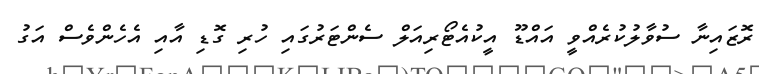
ރޮޒައިނާ ސުވާލުކުރެއްވީ އައްޑޫ އީކުއެޓޯރިއަލް ސެންޓަރުގައި ހުރި ގޮޑި އާއި އެހެންވެސް އަގު